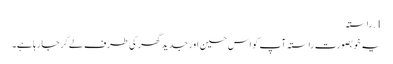
1. ​راستہ
یہ خوبصورت راستہ آپ کو اس حسین اور جدید گھر کی طرف لے کر جا رہا ہے۔